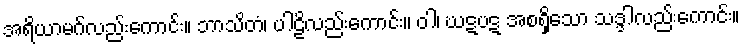
အရိယာမဂ်လည်းကောင်း။ ဘာသိတံ၊ ပါဠိလည်းကောင်း။ ဝါ၊ ဃဋပဋ အစရှိသော သဒ္ဒါလည်းကောင်း။